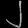
Digit: ၂